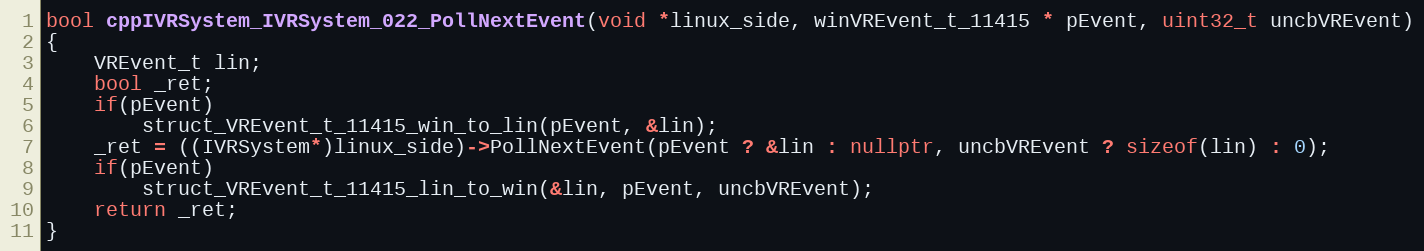
Language: C++
bool cppIVRSystem_IVRSystem_022_PollNextEvent(void *linux_side, winVREvent_t_11415 * pEvent, uint32_t uncbVREvent)
{
    VREvent_t lin;
    bool _ret;
    if(pEvent)
        struct_VREvent_t_11415_win_to_lin(pEvent, &lin);
    _ret = ((IVRSystem*)linux_side)->PollNextEvent(pEvent ? &lin : nullptr, uncbVREvent ? sizeof(lin) : 0);
    if(pEvent)
        struct_VREvent_t_11415_lin_to_win(&lin, pEvent, uncbVREvent);
    return _ret;
}